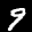
Label: 9